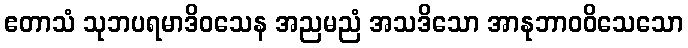
ဧတာသံ သုဘပရမာဒိဝသေန အညမညံ အသဒိသော အာနုဘာဝဝိသေသော